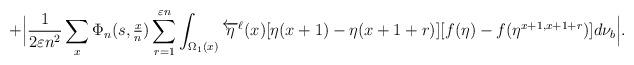
LaTeX: \begin{align*}+\Big|\frac{1}{2 \varepsilon n^2}\sum_{x} \Phi_n(s, \tfrac{x}{n} ) \sum_{r=1}^{\varepsilon n} \int_{\Omega_1(x)}\overleftarrow{\eta}^{\ell}(x) [\eta(x+1)-\eta(x+1+r) ] [f(\eta)-f(\eta^{x+1,x+1+r})] d\nu_{b} \Big|.\end{align*}